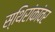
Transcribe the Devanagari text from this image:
स्थिरांकांवर